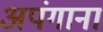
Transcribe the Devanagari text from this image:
अपंगाना